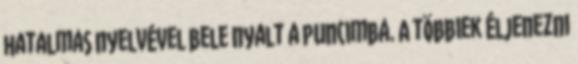
hatalmas nyelvével bele nyalt a puncimba. A többiek éljenezni